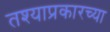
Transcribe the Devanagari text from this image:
तश्याप्रकारच्या